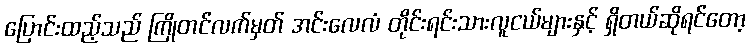
ပြောင်းထည့်သည် ကြိုတင်လက်မှတ် အင်းလေလံ တိုင်းရင်းသားလူငယ်များနှင့် ရှိတယ်ဆိုရင်တော့